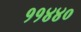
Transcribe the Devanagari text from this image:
११४४०